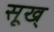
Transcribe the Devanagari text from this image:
सूख्